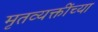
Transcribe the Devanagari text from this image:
मृतव्यक्तींच्या